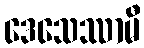
ဒေသေဿာမီ